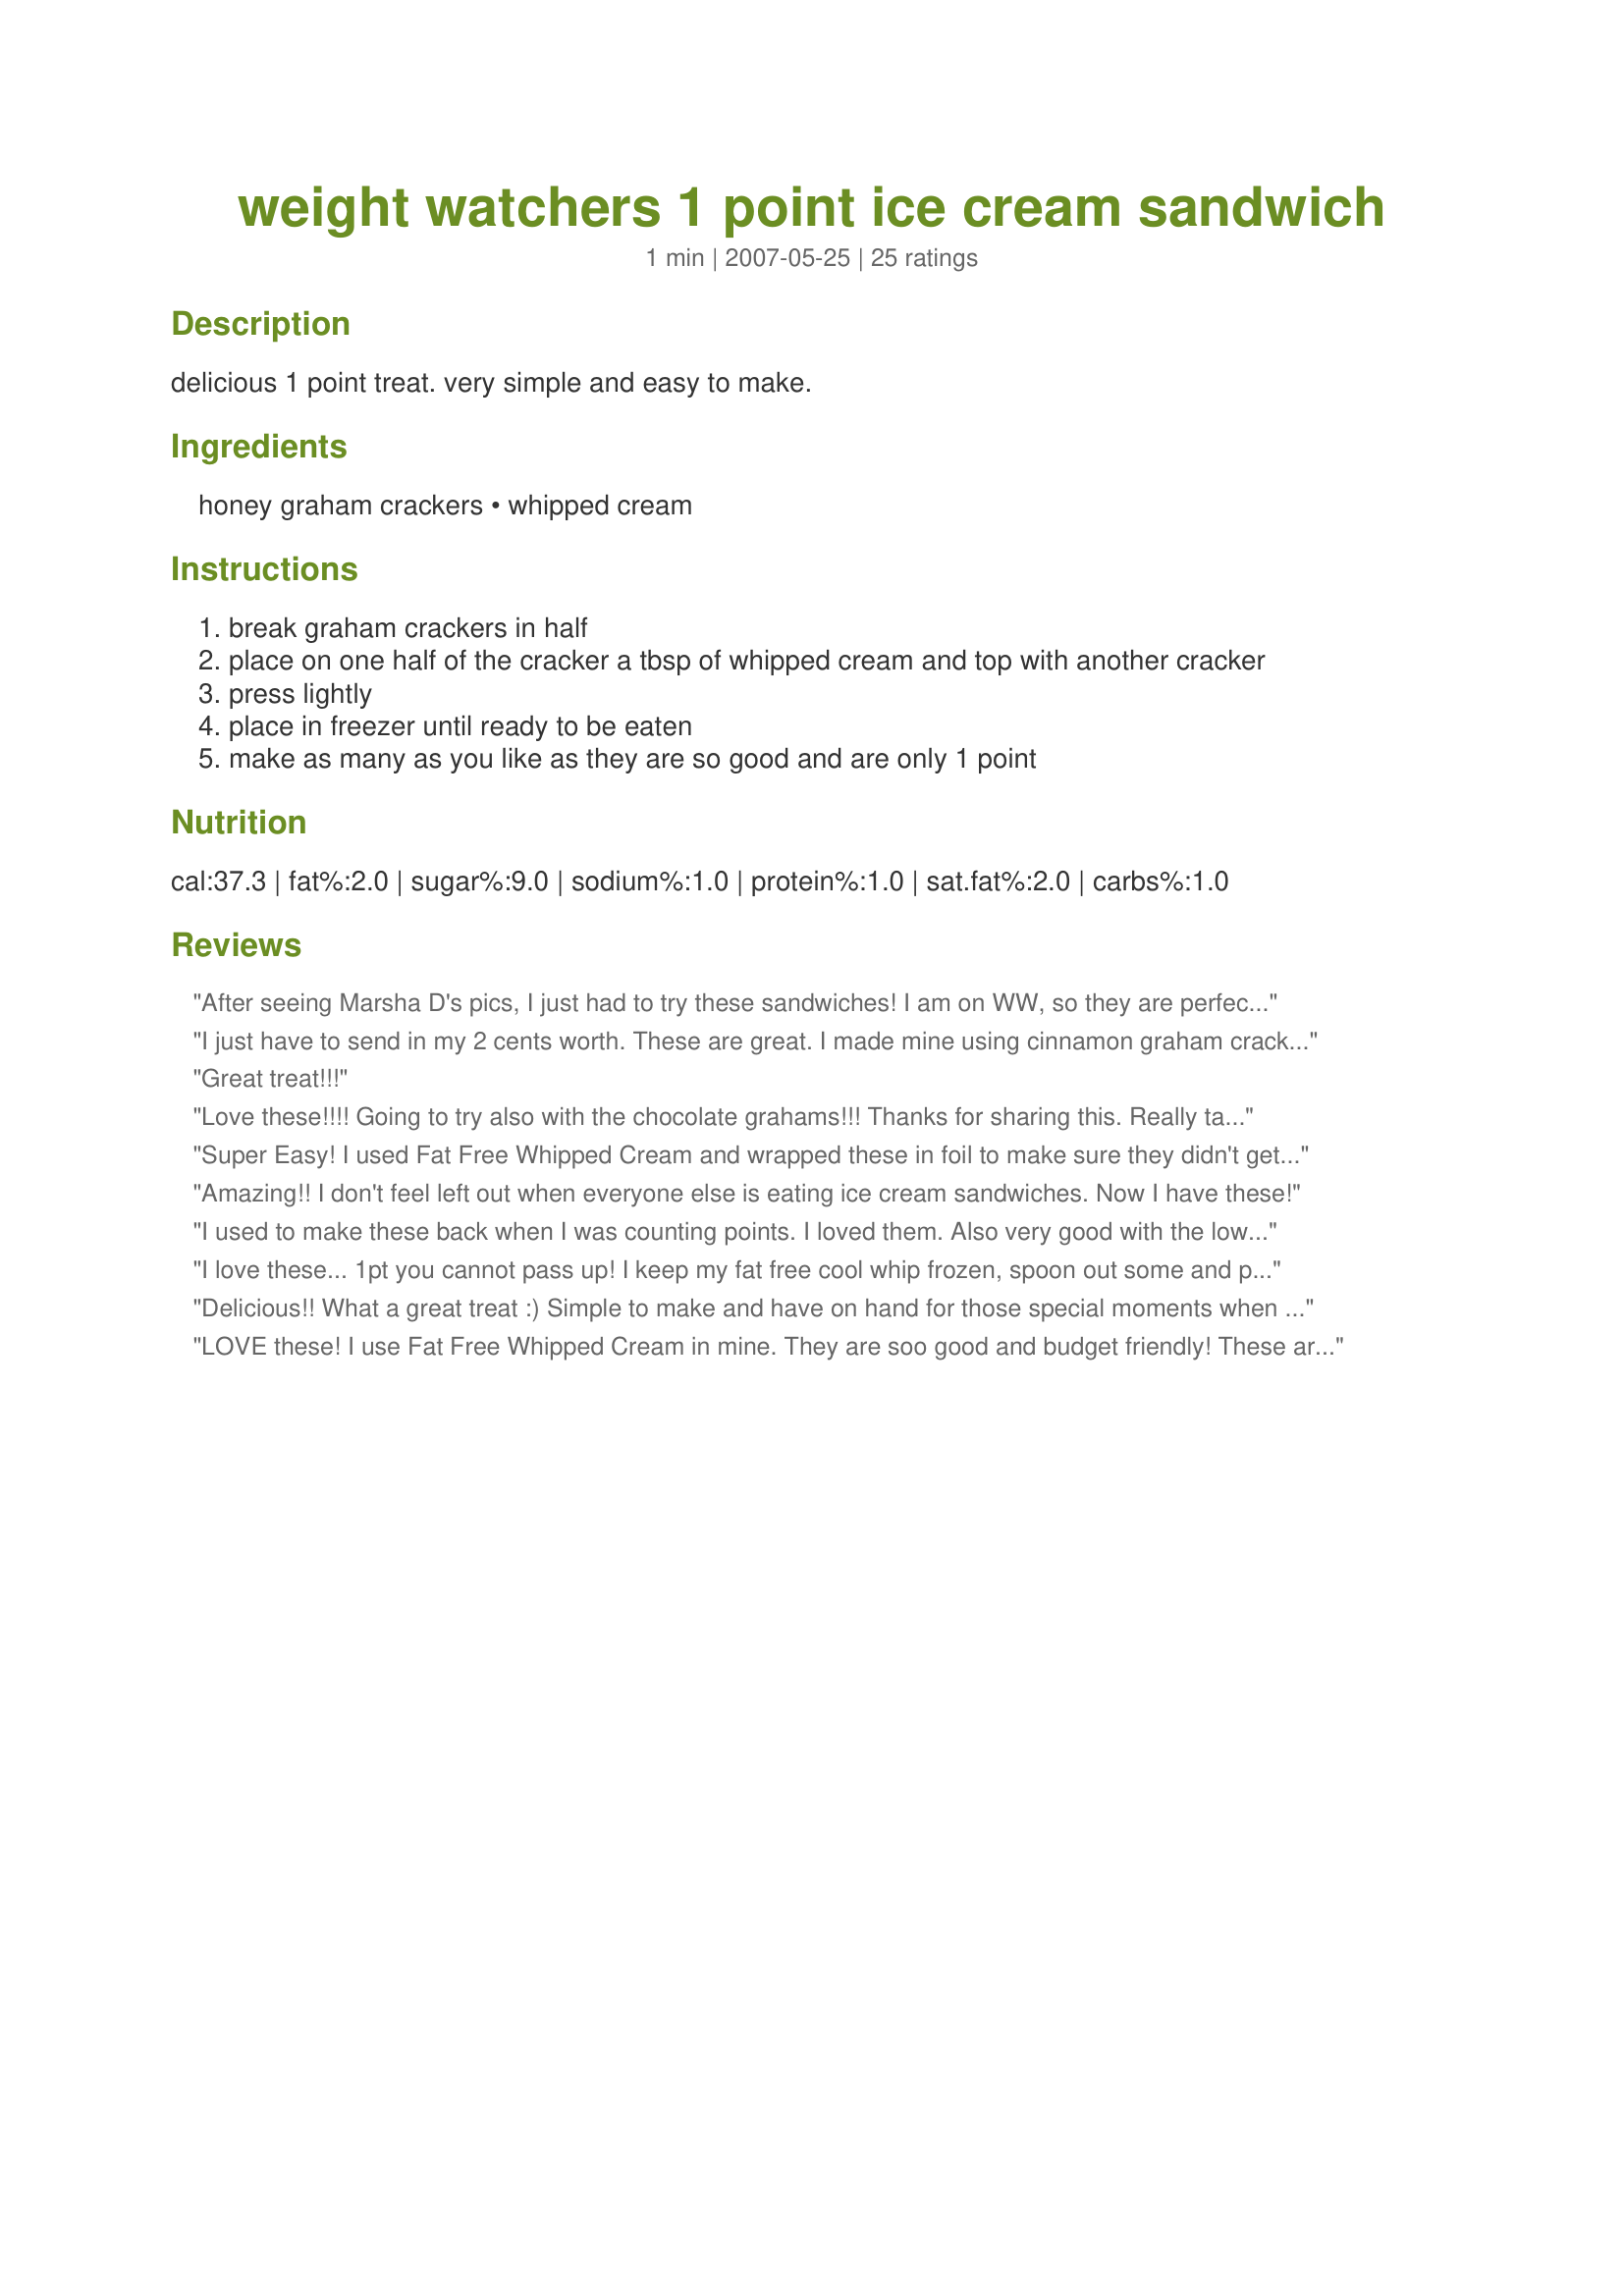
weight watchers 1 point ice cream sandwich
Preparation time: 1 minutes

delicious 1 point treat. very simple and easy to make.

Ingredients:
honey graham crackers, whipped cream

Steps:
break graham crackers in half
place on one half of the cracker a tbsp of whipped cream and top with another cracker
press lightly
place in freezer until ready to be eaten
make as many as you like as they are so good and are only 1 point

Reviews:
After seeing Marsha D's pics, I just had to try these sandwiches! I am on WW, so they are perfect for me!! Only problem... I keep going back to the freezer for another one :(! Thanks Jass1202 for helping my WW journey!!
I just have to send in my 2 cents worth. These are great. I made mine using cinnamon graham crackers. Just a yummy little snack. Thanks for posting. :)
Great treat!!!
Love these!!!! Going to try also with the chocolate grahams!!! Thanks for sharing this. Really takes care of my sweet tooth!!!!
Super Easy! I used Fat Free Whipped Cream and wrapped these in foil to make sure they didn't get any weird freezer flavors. Thanks for a nice snack.
Amazing!! I don't feel left out when everyone else is eating ice cream sandwiches. Now I have these!
I used to make these back when I was counting points. I loved them. Also very good with the lowfat chocolate graham crackers.
I love these... 1pt you cannot pass up! I keep my fat free cool whip frozen, spoon out some and put it on the graham cracker and they are ready, no need to put in the freezer! thanks for the great idea!
Delicious!! What a great treat :)
Simple to make and have on hand for those special moments when your wanting something sweet. Thanks for sharing the recipe! I will be making these often.
LOVE these! I use Fat Free Whipped Cream in mine. They are soo good and budget friendly! These are always in my freezer and I make more every wekk. Perfect for those weight watchers sweet tooth cravings!
This was AMAZING! I I made mine with Low Fat Cinnamon graham crackers and absolutely LOVED it. Sweets without the guilt. Cant believe its only 1 point. :) I would definitely recommend it to anyone!
Fantastic - I just used fat free cool whip instead.
Thank you to the WW angel who thought this up! Delicious, thrifty and easy. I haven't tried them with chocolate graham crackers yet, but when I do I plan on adding a little mint extract to the cool whip. A staple in my freezer!
These are awesome! Had a nice stash of them in the freezer, but my kids found them and love them too!
Easy, yummy, and only 1 point! Love it, I used Cool Whip Free and lowfat Cinnamon Honey Grams.
The Smart Points (latest version) show Honey Maid Graham Crackers at 8 crackers for 5 points or 1.6 points per cracker. General &quot;Graham Crackers&quot; show as 2 squares for 2 points. Reddi Whip is 2 Tbs for 1 point. So the actual total would be 3 points per sandwich.
One of my favorite WW treats...only I use fat free Cool Whip and chocolate graham crackers. Yum!
it was deeeeeelicious!!! I can't believe it's only 1 point. Thank you for this tasty treat. Even my husband liked it and he hates honey graham crackers.
Yummy Yummy! 1 pt only! woohoo!
Another great one!! My husband loves these. I have made several batches in a week because he keeps eating them before I get a chance to have one. I do put them into a big tupperware container so they don't pick up the other "flavors" from the freezer. Thanks for posting!
These are awesome! But when I use the new app, it tells me that they are 6 smart points. Does the 1 others refer to a different point system or am I using the wrong types of graham crackers? Mine are Honeymade. Regardless, they have fewer points than a regular ice cream would have and I think they are delicious!
This is a great treat even if your not dieting! We always have these in our freezer! The only thing I would recommend is to eat all that you make within probably a week of being put in the freezer. Otherwise, the graham cracker gets kinda mushy. Thank you for posting.
I made these a while back and forgot to rate them. They're so yummy & simple to make. My whole family LOVES them =0)
What kind of graham crackers do you use for that wwice cream sandwich for 1point? I made them but graham crackers where 5 crackers for 4 points? Can you help
SO good with cool whip free and chocolate graham crackers!
